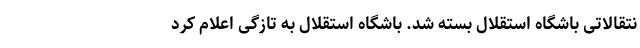
نتقالاتی باشگاه استقلال بسته شد. باشگاه استقلال به تازگی اعلام کرد